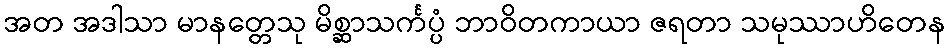
အတ အဒါသာ မာနတ္တေသု မိစ္ဆာသင်္ကပ္ပံ ဘာဝိတကာယာ ဇရတာ သမုဿာဟိတေန